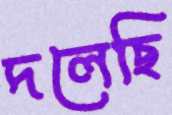
দলেছি